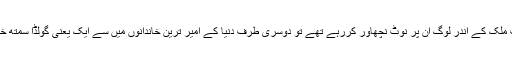
دولت کی کمی نہیں تھی کیونکہ ایک طرف ملک کے اندر لوگ ان پر نوٹ نچھاور کررہے تھے تو دوسری طرف دنیا کے امیر ترین خاندانوں میں سے ایک یعنی گولڈا سمتھ خاندان کی دولت بھی ان کی دسترس میں آئی۔